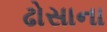
ઢોસાના